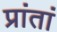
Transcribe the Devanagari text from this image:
प्रांतां